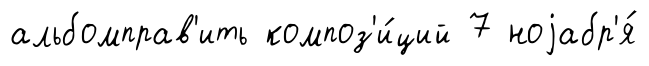
альбомправ'ить композ'и́ций 7 ноjабр'я́